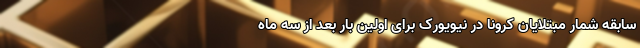
سابقه شمار مبتلایان کرونا در نیویورک برای اولین بار بعد از سه ماه